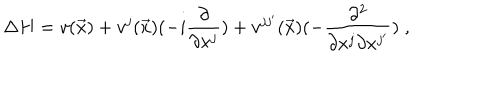
\Delta H = v ( \vec { x } ) + v ^ { j } ( \vec { x } ) ( - i \frac { \partial } { \partial x ^ { j } } ) + v ^ { j j ^ { \prime } } ( \vec { x } ) ( - \frac { \partial ^ { 2 } } { \partial x ^ { j } \partial x ^ { j ^ { \prime } } } ) \; ,